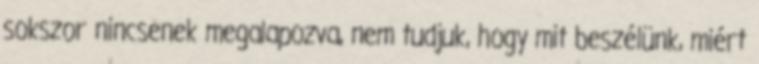
sokszor nincsenek megalapozva, nem tudjuk, hogy mit beszélünk, miért